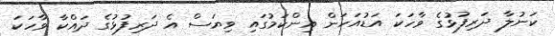
ކަނުލާ ދަރިފުޅުގެ ވާހަކަ އަޑުއަހަން އިންކަމުގައި ވިޔަސް އެ ދަރިފުޅުގެ ދައްކާ ވާހަކަ